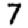
Digit: 7